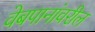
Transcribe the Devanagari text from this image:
वेबपानांवरील